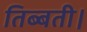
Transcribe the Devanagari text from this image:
तिब्बती।